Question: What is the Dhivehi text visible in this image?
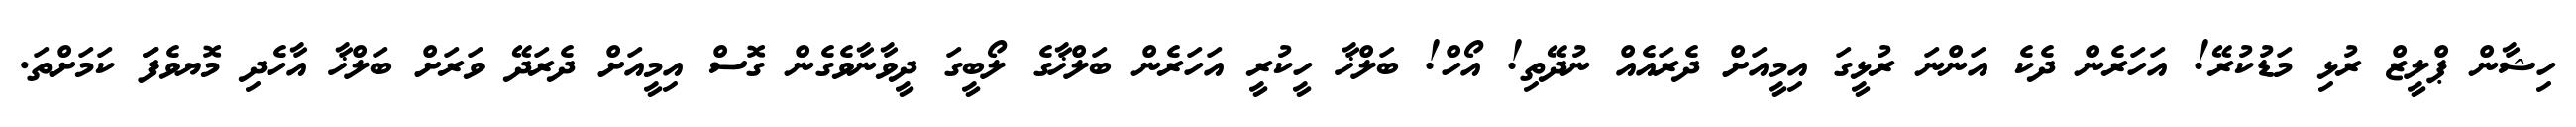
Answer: ހިޝާން ޕްލީޒް ރުޅި މަޑުކުރޭ! އަހަރެން ދެކެ އަންނަ ރުޅީގަ އިމީއަށް ދެރައެއް ނުދޭތި! އޯހް! ބަލްޚާ ހީކުރީ އަހަރެން ބަލްޚާގެ ލޯބީގަ ދީވާނާވެގެން ގޮސް އިމީއަށް ދެރަދޭ ވަރަށް ބަލްޚާ އާހެދި މޮޔވެފަަ ކަމަށްތަ.